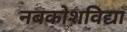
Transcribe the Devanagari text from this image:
नबकोशविद्या